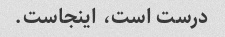
درست است، اینجاست.